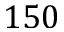
1 5 0